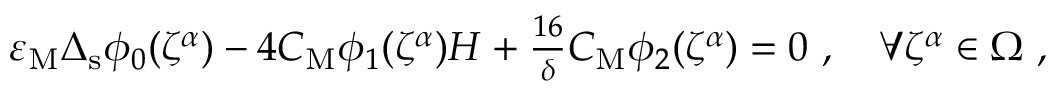
\begin{array} { r } { \varepsilon _ { \mathrm { M } } \Delta _ { \mathrm { s } } \phi _ { 0 } \mathopen { } \mathclose \bgroup \left( \zeta ^ { \alpha } \aftergroup \egroup \right) - 4 C _ { \mathrm { M } } \phi _ { 1 } \mathopen { } \mathclose \bgroup \left( \zeta ^ { \alpha } \aftergroup \egroup \right) H + \frac { 1 6 } { \delta } C _ { \mathrm { M } } \phi _ { 2 } \mathopen { } \mathclose \bgroup \left( \zeta ^ { \alpha } \aftergroup \egroup \right) = 0 ~ , \quad \forall \zeta ^ { \alpha } \in \Omega ~ , } \end{array}